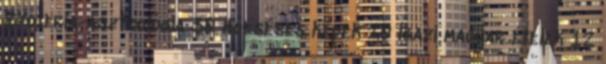
Ezoteria-asztrológia 30 Hóeséses képek 20 Igazi magyar ételek 12